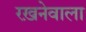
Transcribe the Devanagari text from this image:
रख़नेवाला